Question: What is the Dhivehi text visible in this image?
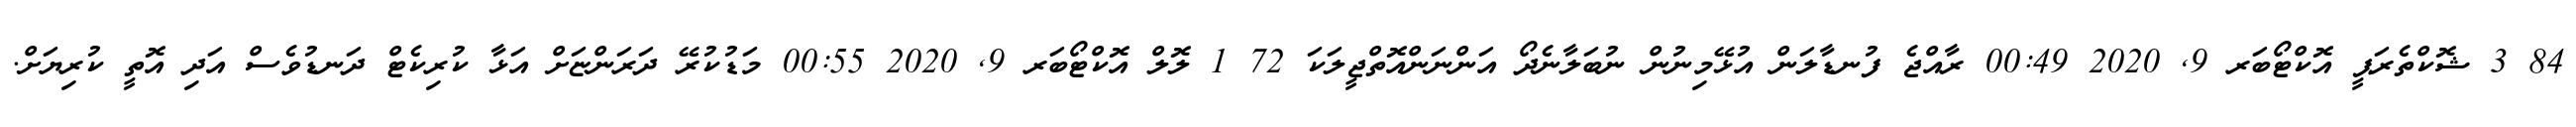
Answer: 84 3 ޝޮކްތެރަޕީ އޮކްޓޯބަރ 9, 2020 00:49 ރާއްޖެ ފުނޑާލަން އުޅޭމިނުން ނުބަލާނެދޯ އަންނަންއޮތްޖީލަކަ 72 1 ލޮލް އޮކްޓޯބަރ 9, 2020 00:55 މަޑުކުރޭ ދަރަންޏަށް އަޅާ ކުރިކެޓް ދަނޑުވެސް އަދި އޮތީ ކުރިޔަށް.